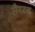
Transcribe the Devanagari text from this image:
सैय्य्द